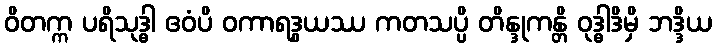
ဝိတက္က ပရိသုဒ္ဓါ ဧဝံပိ ဝကာရဒွယဿ ကတသပ္ပိ တိန္ဒုကန္တိ ဝုဒ္ဓါဒိမှိ ဘဒ္ဒိယ